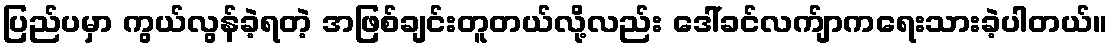
ပြည်ပမှာ ကွယ်လွန်ခဲ့ရတဲ့ အဖြစ်ချင်းတူတယ်လို့လည်း ဒေါ်ခင်လက်ျာကရေးသားခဲ့ပါတယ်။